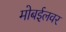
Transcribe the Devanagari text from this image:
मोबईलवर